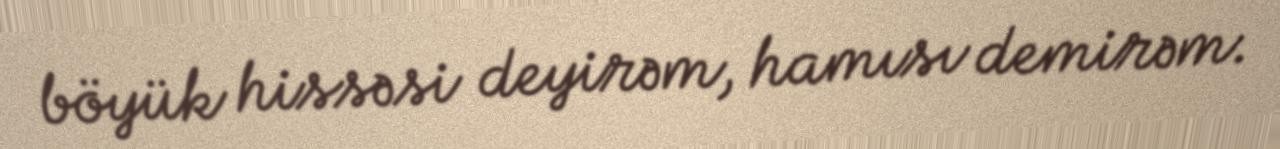
böyük hissəsi deyirəm, hamısı demirəm.